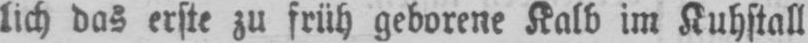
lich das erste zu früh geborene Kalb im Kuhstall